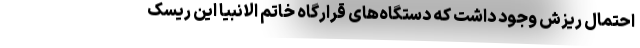
احتمال ریزش وجود داشت که دستگاه‌های قرارگاه خاتم الانبیا این ریسک